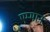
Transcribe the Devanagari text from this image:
एम्मान